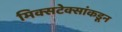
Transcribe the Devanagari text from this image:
मिक्सटेक्सांकडून